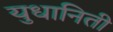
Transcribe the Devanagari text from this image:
युधानिती